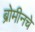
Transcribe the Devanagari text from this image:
ब्रोमीनचे